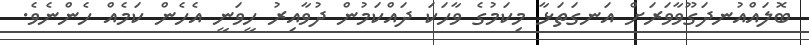
ބޮލައްއުނދަގޫވާވަރަށް އަނގަތަޅާ މިކަމުގެ ވާހަކަ ދައްކަމުން ދުވާއިރު ހީވަނީ އެހެން ކަމެއް ހެންނެވެ.